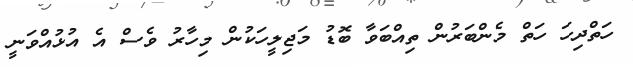
ހަތްދިހަ ހަތް މެންބަރުން ތިއްބަވާ ބޮޑު މަޖިލީހަކުން މިހާރު ވެސް އެ އުޅުއްވަނީ